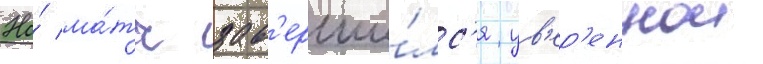
Но́ ма́тч зав'ерши́лс'я ув'ер'еннои